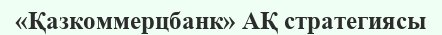
«Қазкоммерцбанк» АҚ стратегиясы